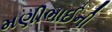
મણીભાઈની